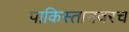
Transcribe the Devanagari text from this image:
पाकिस्तानवरच